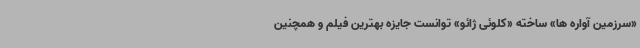
«سرزمین آواره ها» ساخته «کلوئی ژائو» توانست جایزه بهترین فیلم و همچنین